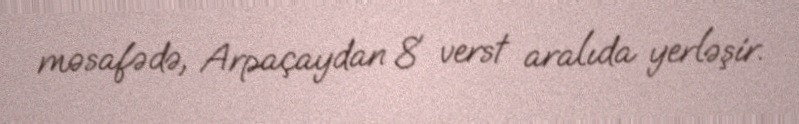
məsafədə, Arpaçaydan 8 verst aralıda yerləşir.